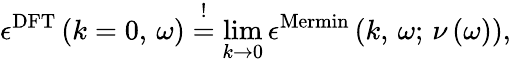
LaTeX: \epsilon^{\mathrm{DFT}}\left(k=0,\, \omega\right)\overset{!}{=}\operatorname*{lim}_{k\rightarrow 0}\epsilon^{\mathrm{Mermin}}\left(k,\, \omega;\, \nu\left(\omega\right)\right),